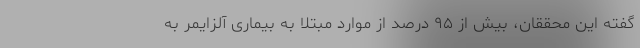
گفته این محققان، بیش از ۹۵ درصد از موارد مبتلا به بیماری آلزایمر به